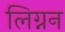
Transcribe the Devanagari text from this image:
लिग्नन